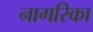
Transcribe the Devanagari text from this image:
नागरिका